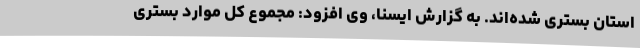
استان بستری شده‌اند. به گزارش ایسنا، وی افزود: مجموع کل موارد بستری